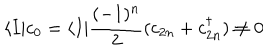
\langle I | c _ { 0 } = \langle I | { \frac { ( - 1 ) ^ { n } } { 2 } } ( c _ { 2 n } + c _ { 2 n } ^ { \dagger } ) \not = 0